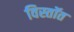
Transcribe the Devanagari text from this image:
विस्तॉत